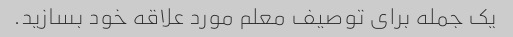
یک جمله برای توصیف معلم مورد علاقه خود بسازید.